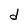
Character: d